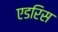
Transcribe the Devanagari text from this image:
एडरिस